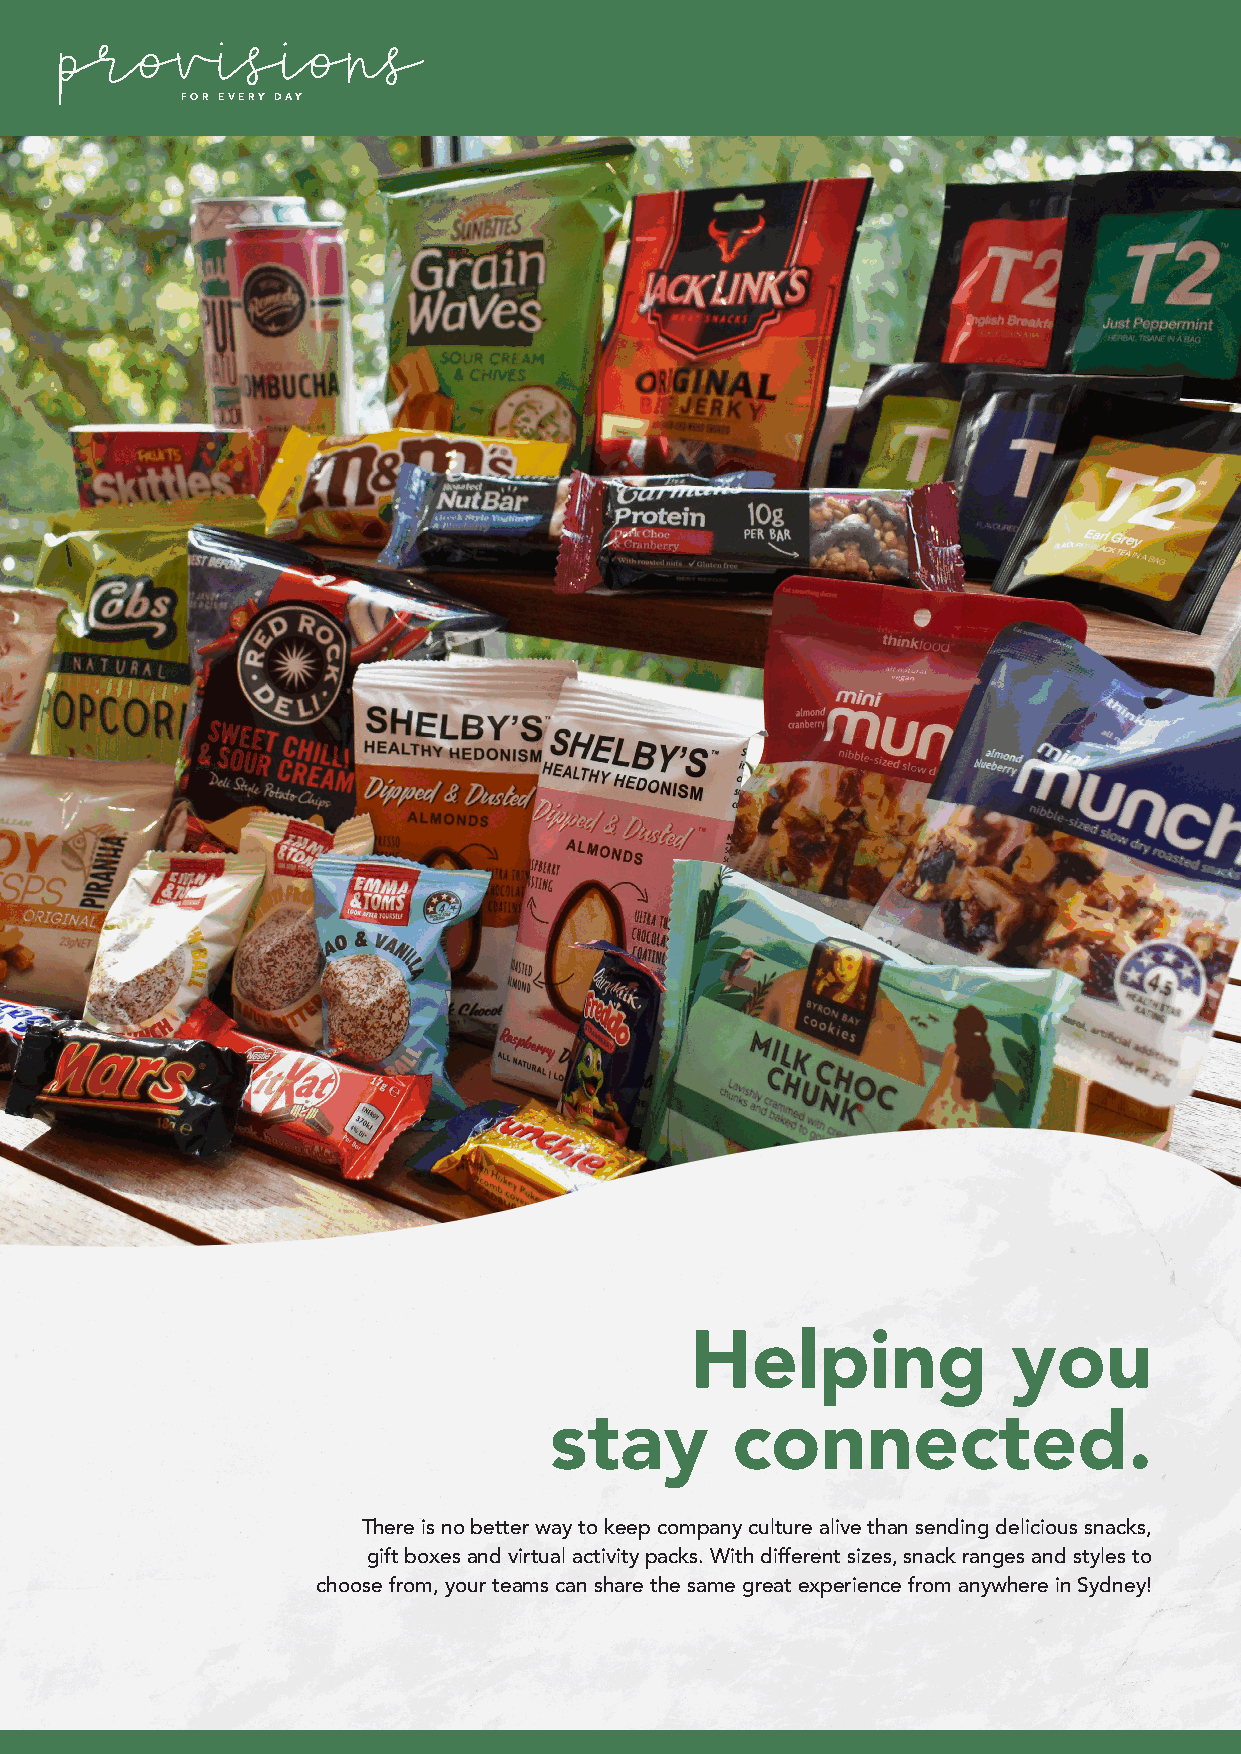
FOR EVERY DAY
 Helping              you
 stay        connected.
 There is no better way to keep company culture alive than sending delicious snacks,
 gift boxes and virtual activity packs. With different sizes, snack ranges and styles to
 choose from, your teams can share the same great experience from anywhere in Sydney!